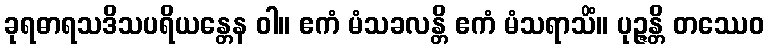
ခုရဓာရသဒိသပရိယန္တေန ဝါ။ ဧကံ မံသခလန္တိ ဧကံ မံသရာသိံ။ ပုဉ္ဇန္တိ တဿေဝ